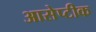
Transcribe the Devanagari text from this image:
आसेप्टीक